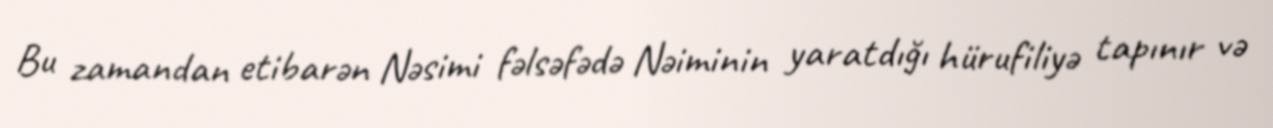
Bu zamandan etibarən Nəsimi fəlsəfədə Nəiminin yaratdığı hürufiliyə tapınır və